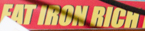
EAT IRON RICH